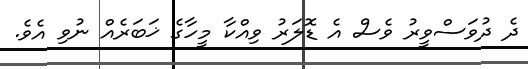
ދެ ދުވަސްވީރު ވެސް އެ ޑޮލަރު ވިއްކާ މީހާގެ ޚަބަރެއް ނުވި އެވެ.